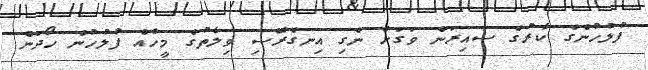
ފުލުހުންގެ ކާރުގެ ސައިރަން ވަގަށް ނެގި އިނގެރޭސި ވިލާތުގެ މީހެއް ފުލުހުން ހޯދަން